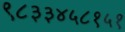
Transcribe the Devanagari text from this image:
९८३३४५८१५१